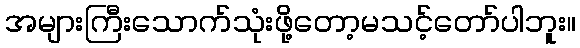
အများကြီးသောက်သုံးဖို့တော့မသင့်တော်ပါဘူး။